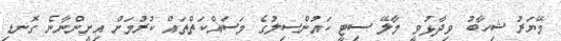
މޭޔަރު ޝިހާބު ވިދާޅުވީ މާލޭ ސިޓީ ކައުންސިލުގެ މަސައްކަތްތައް ކުރުމަށް އިށީންނާނެ ގޮނޑި